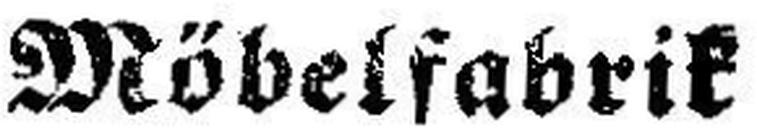
Möbelfabrik